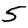
Digit: 5